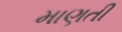
માણતી